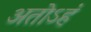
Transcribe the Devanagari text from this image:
अतोऽहं